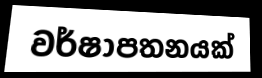
වර්ෂාපතනයක්